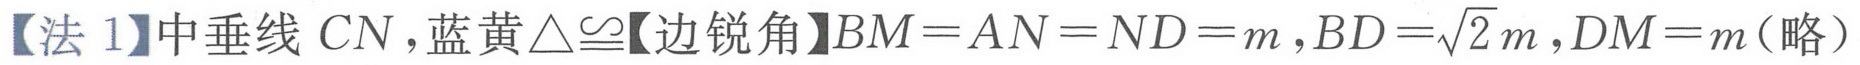
【法 1】中垂线 \(CN\)，蓝黄\(\triangle\cong\)【边锐角】\(BM = AN = ND = m\)，\(BD = \sqrt{2}m\)，\(DM = m\)(略）